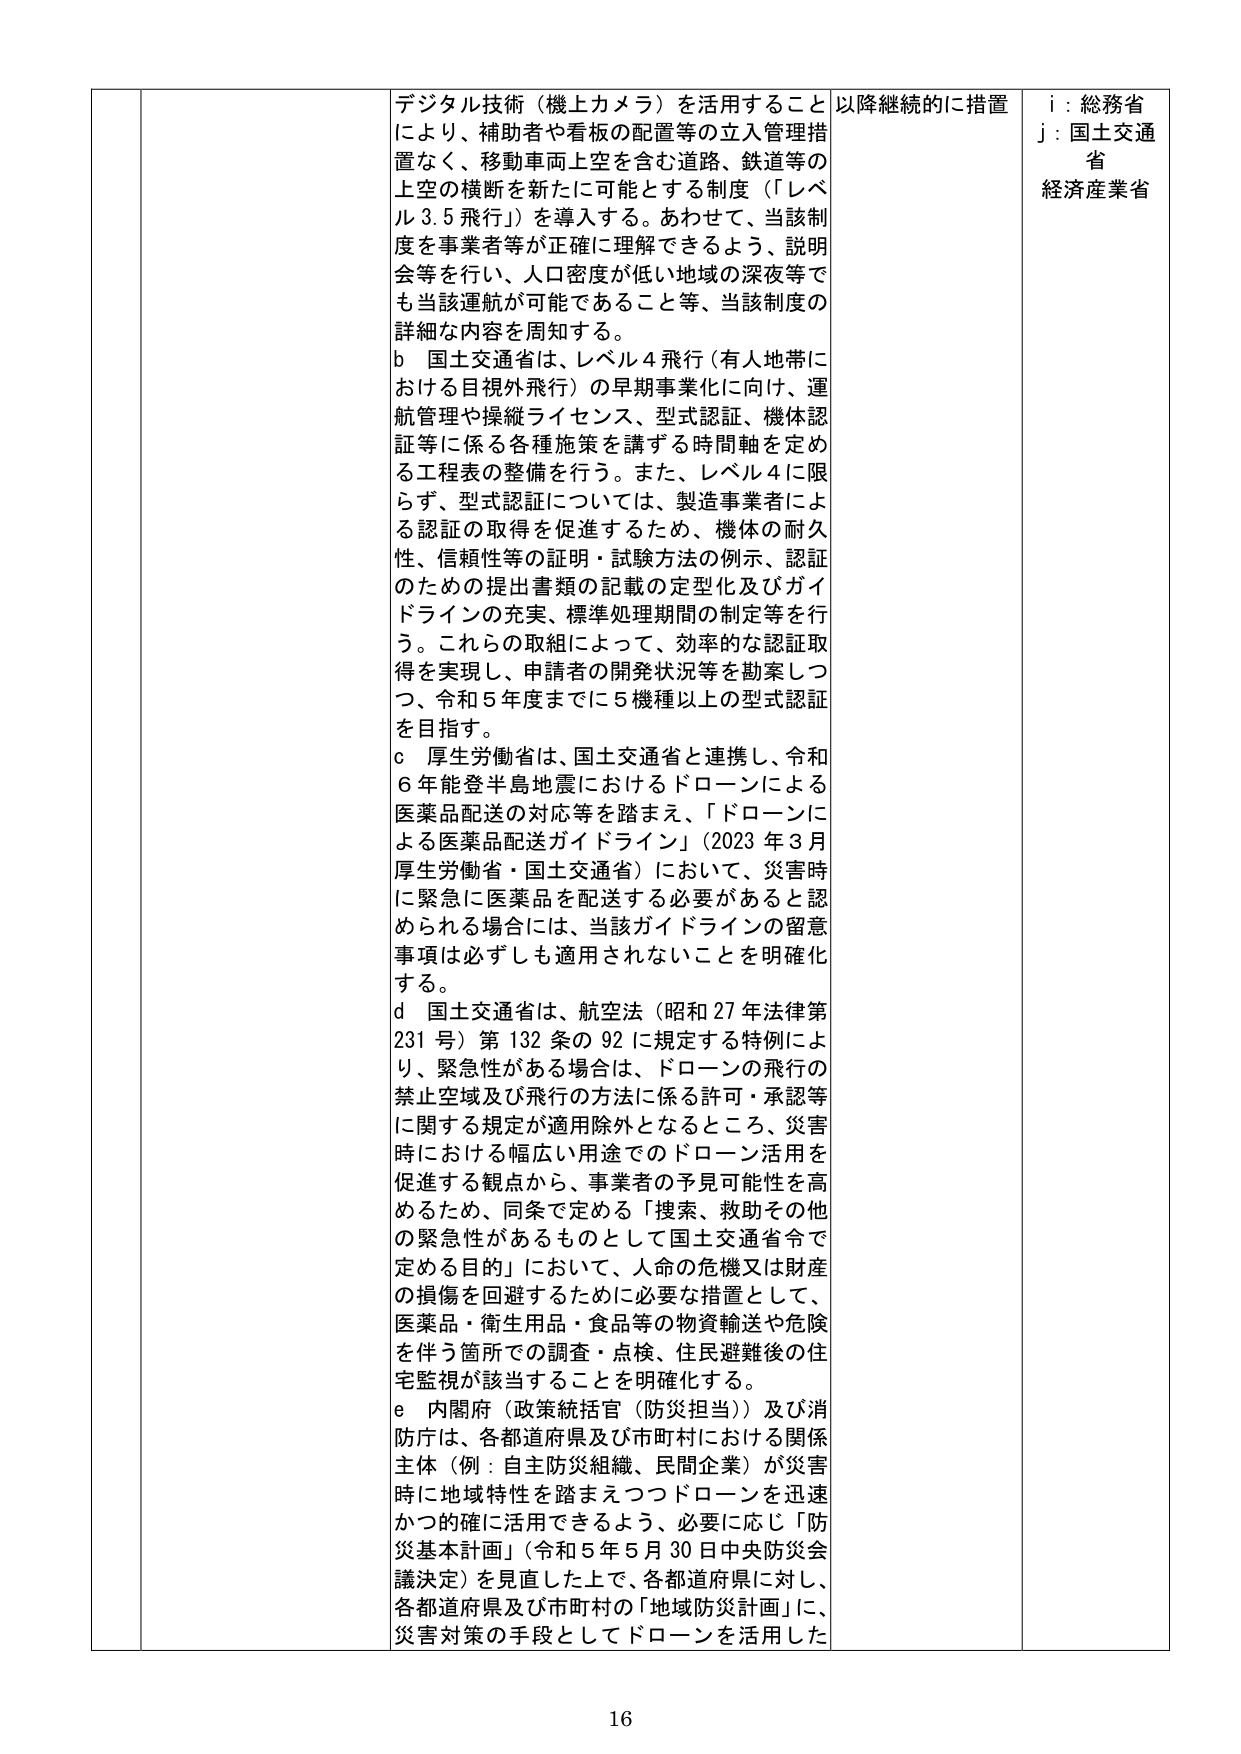
デジタル技術（機上カメラ）を活用することにより、補助者や看板の配置等の立入管理措置なく、移動車両上空を含む道路、鉄道等の上空の横断を新たに可能とする制度（「レベル3.5飛行」）を導入する。あわせて、当該制度を事業者等が正確に理解できるよう、説明会等を行い、人口密度が低い地域の深夜等でも当該運航が可能であること等、当該制度の詳細な内容を周知する。

b 国土交通省は、レベル4飛行（有人地帯における目視外飛行）の早期事業化に向け、運航管理や操縦ライセンス、型式認証、機体認証等に係る各種施策を講ずる時間軸を定める工程表の整備を行う。また、レベル4に限らず、型式認証については、製造事業者による認証の取得を促進するため、機体の耐久性、信頼性等の証明・試験方法の例示、認証のための提出書類の記載の定型化及びガイドラインの充実、標準処理期間の制定等を行う。これらの取組によって、効率的な認証取得を実現し、申請者の開発状況等を勘案しつつ、令和5年度までに5機種以上の型式認証を目指す。

c 厚生労働省は、国土交通省と連携し、令和6年能登半島地震におけるドローンによる医薬品配送の対応等を踏まえ、「ドローンによる医薬品配送ガイドライン」（2023年3月厚生労働省・国土交通省）において、災害時に緊急に医薬品を配送する必要があると認められる場合には、当該ガイドラインの留意事項は必ずしも適用されないことを明確化する。

d 国土交通省は、航空法（昭和27年法律第231号）第132条の92に規定する特例により、緊急性がある場合は、ドローンの飛行の禁止空域及び飛行の方法に係る許可・承認等に関する規定が適用除外となるところ、災害時における幅広い用途でのドローン活用を促進する観点から、事業者の予見可能性を高めるため、同条で定める「捜索、救助その他 の緊急性があるものとして国土交通省令で定める目的」において、人命の危機又は財産の損傷を回避するために必要な措置として、医薬品・衛生用品・食品等の物資輸送や危険を伴う箇所での調査・点検、住民避難後の住宅監視が該当することを明確化する。

e 内閣府（政策統括官（防災担当））及び消防庁は、各都道府県及び市町村における関係主体（例：自主防災組織、民間企業）が災害時に地域特性を踏まえつつドローンを迅速かつ的確に活用できるよう、必要に応じ「防災基本計画」（令和5年5月30日中央防災会議決定）を見直した上で、各都道府県に対し、各都道府県及び市町村の「地域防災計画」に、災害対策の手段としてドローンを活用した

以降継続的に措置

i：総務省
j：国土交通省
経済産業省

16